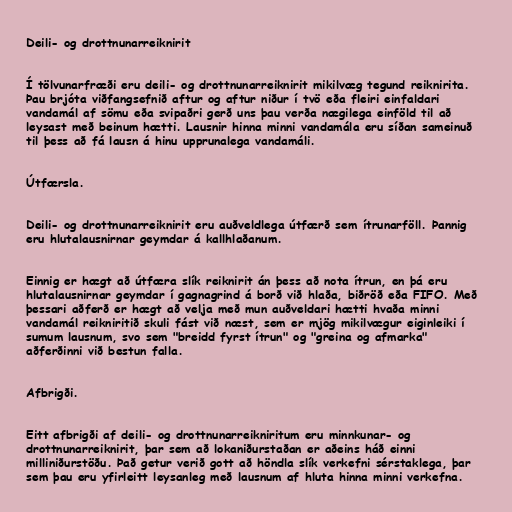
Deili- og drottnunarreiknirit

Í tölvunarfræði eru deili- og drottnunarreiknirit mikilvæg tegund reiknirita.
Þau brjóta viðfangsefnið aftur og aftur niður í tvö eða fleiri einfaldari
vandamál af sömu eða svipaðri gerð uns þau verða nægilega einföld til að
leysast með beinum hætti. Lausnir hinna minni vandamála eru síðan sameinuð
til þess að fá lausn á hinu upprunalega vandamáli.

Útfærsla.

Deili- og drottnunarreiknirit eru auðveldlega útfærð sem ítrunarföll. Þannig
eru hlutalausnirnar geymdar á kallhlaðanum.

Einnig er hægt að útfæra slík reiknirit án þess að nota ítrun, en þá eru
hlutalausnirnar geymdar í gagnagrind á borð við hlaða, biðröð eða FIFO. Með
þessari aðferð er hægt að velja með mun auðveldari hætti hvaða minni
vandamál reikniritið skuli fást við næst, sem er mjög mikilvægur eiginleiki í
sumum lausnum, svo sem "breidd fyrst ítrun" og "greina og afmarka"
aðferðinni við bestun falla.

Afbrigði.

Eitt afbrigði af deili- og drottnunarreikniritum eru minnkunar- og
drottnunarreiknirit, þar sem að lokaniðurstaðan er aðeins háð einni
milliniðurstöðu. Það getur verið gott að höndla slík verkefni sérstaklega, þar
sem þau eru yfirleitt leysanleg með lausnum af hluta hinna minni verkefna.